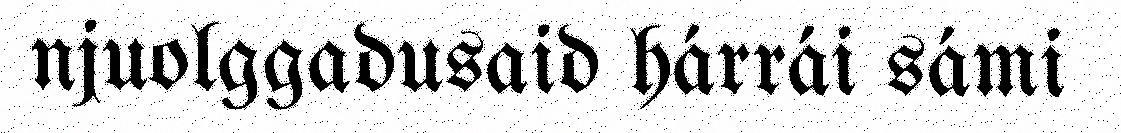
njuolggadusaid hárrái sámi